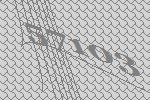
57103